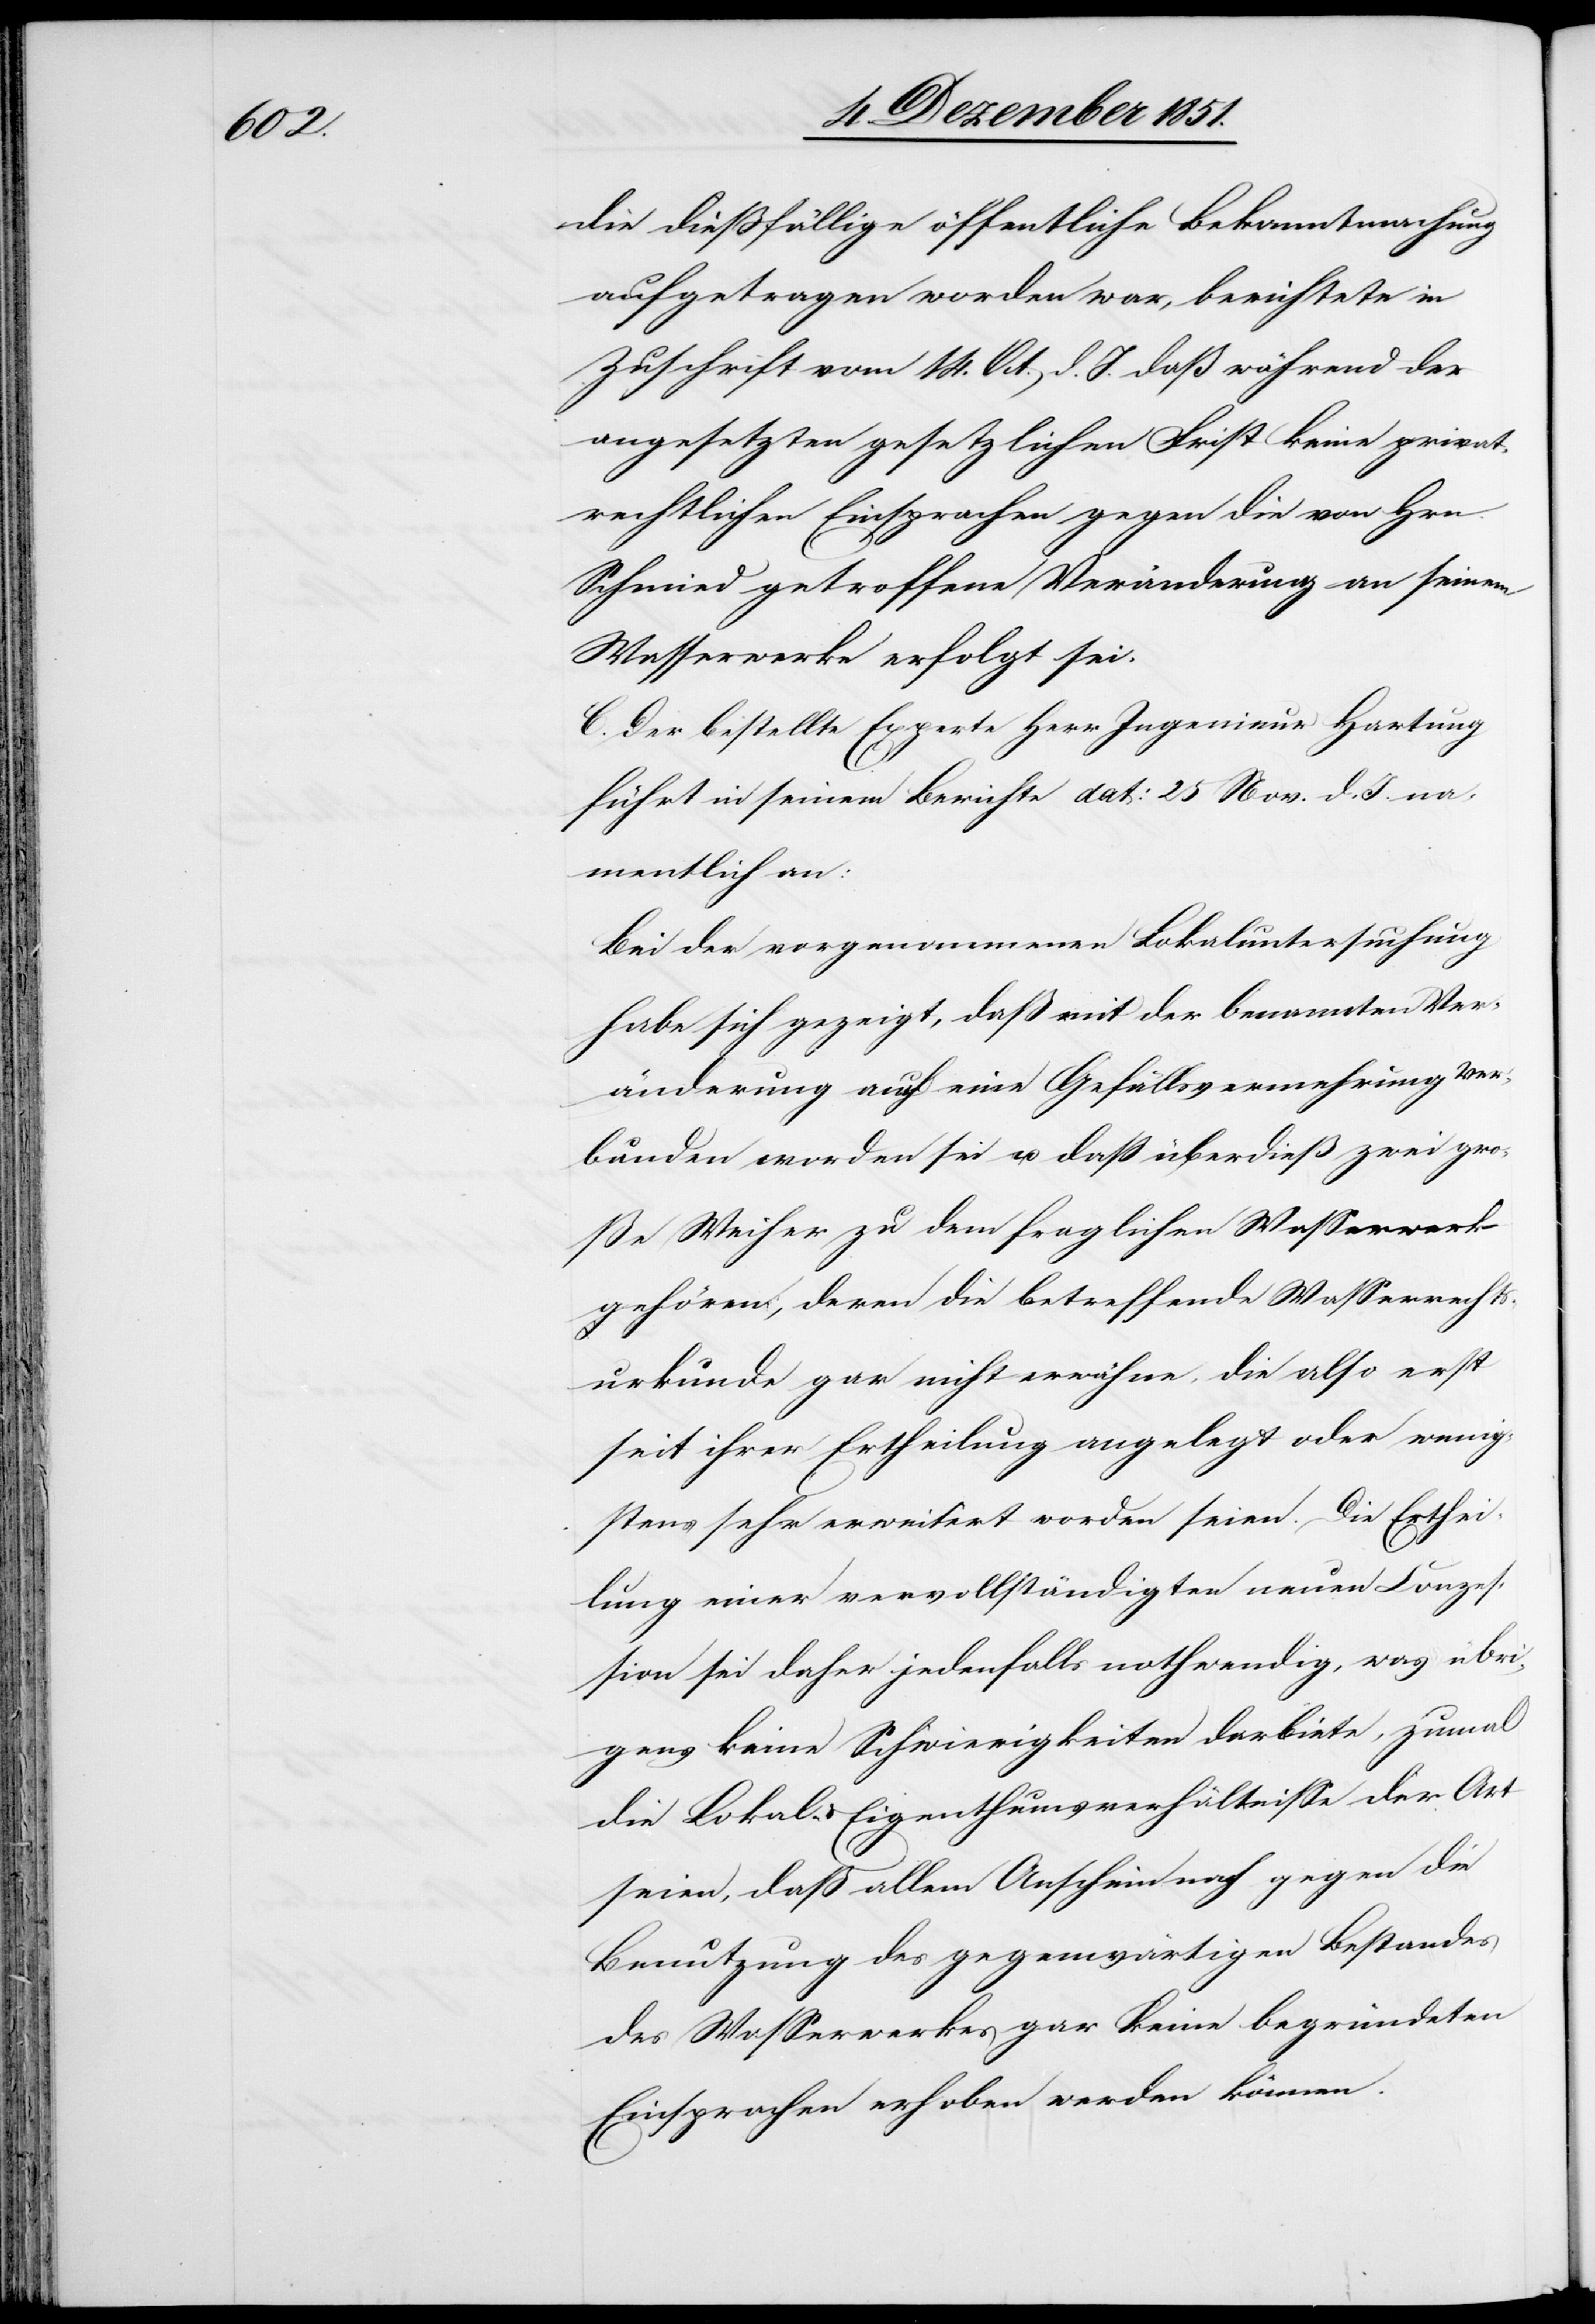
die dießfällige öffentliche Bekanntmachung
aufgetragen worden war, berichtete in
Zuschrift vom 14. Oct. d. J. daß während der
angesetzten gesetzlichen Frist keine privat¬
rechtlichen Einsprachen gegen die von Hrn.
Schmied getroffene Veränderung an seinem
Wasserwerke erfolgt sei[en].
C. Der bestellte Experte Herr Ingenieur Hartung
führt in seinem Berichte dat: 25 Nov. d. J. na¬
mentlich an:
Bei der vorgenommenen Lokaluntersuchung
habe sich gezeigt, daß mit der benannten Ver¬
änderung auch eine Gefällsvermehrung ver¬
bunden worden sei u. daß überdieß zwei gro¬
ße Weiher zu dem fraglichen Wasserwerk
gehören, deren die betreffende Wasserrechts¬
urkunde gar nicht erwähne, die also erst
seit ihrer Ertheilung angelegt oder wenig¬
stens sehr erweitert worden seien. Die Erthei¬
lung einer vervollständigten neuen Conzes¬
sion sei daher jedenfalls nothwendig, was übri¬
gens keine Schwierigkeiten darbiete, zumal
die Lokal- & Eigenthumsverhältnisse der Art
seien, daß allem Anschein nach gegen die
Benutzung des gegenwärtigen Bestandes
des Wasserwerkes gar keine begründeten
Einsprachen erhoben werden können.